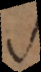
s